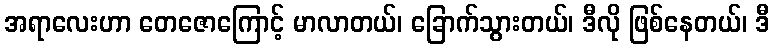
အရာလေးဟာ တေဇောကြောင့် မာလာတယ်၊ ခြောက်သွားတယ်၊ ဒီလို ဖြစ်နေတယ်၊ ဒီ